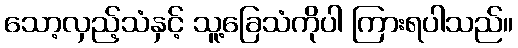
သော့လှည့်သံနှင့် သူ့ခြေသံကိုပါ ကြားရပါသည်။